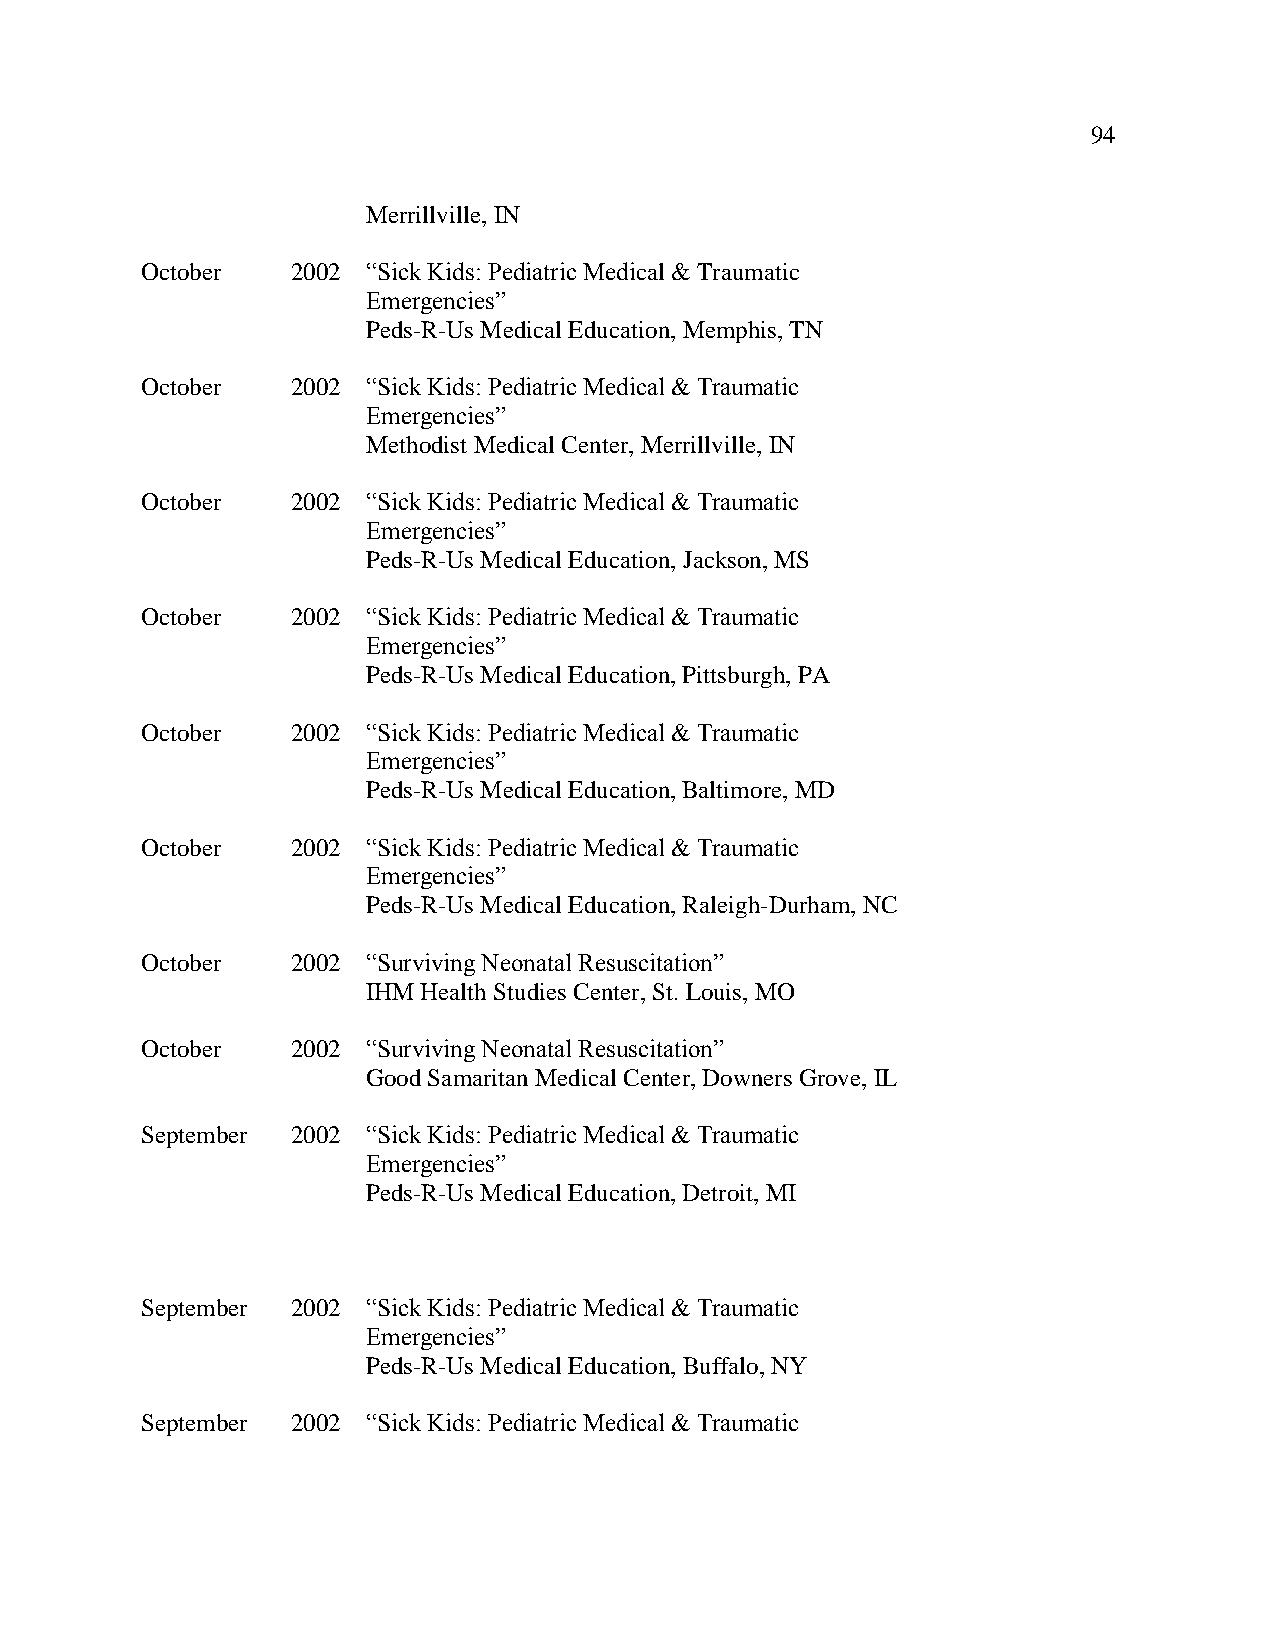
94
 Merrillville, IN
 October   2002 “Sick Kids: Pediatric Medical & Traumatic
 Emergencies”
 Peds-R-Us Medical Education, Memphis, TN
 October   2002 “Sick Kids: Pediatric Medical & Traumatic
 Emergencies”
 Methodist Medical Center, Merrillville, IN
 October   2002 “Sick Kids: Pediatric Medical & Traumatic
 Emergencies”
 Peds-R-Us Medical Education, Jackson, MS
 October   2002 “Sick Kids: Pediatric Medical & Traumatic
 Emergencies”
 Peds-R-Us Medical Education, Pittsburgh, PA
 October   2002 “Sick Kids: Pediatric Medical & Traumatic
 Emergencies”
 Peds-R-Us Medical Education, Baltimore, MD
 October   2002 “Sick Kids: Pediatric Medical & Traumatic
 Emergencies”
 Peds-R-Us Medical Education, Raleigh-Durham, NC
 October   2002 “Surviving Neonatal Resuscitation”
 IHM Health Studies Center, St. Louis, MO
 October   2002 “Surviving Neonatal Resuscitation”
 Good Samaritan Medical Center, Downers Grove, IL
 September 2002 “Sick Kids: Pediatric Medical & Traumatic
 Emergencies”
 Peds-R-Us Medical Education, Detroit, MI
 September 2002 “Sick Kids: Pediatric Medical & Traumatic
 Emergencies”
 Peds-R-Us Medical Education, Buffalo, NY
 September 2002 “Sick Kids: Pediatric Medical & Traumatic